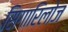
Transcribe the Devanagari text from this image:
सिगारिलोज